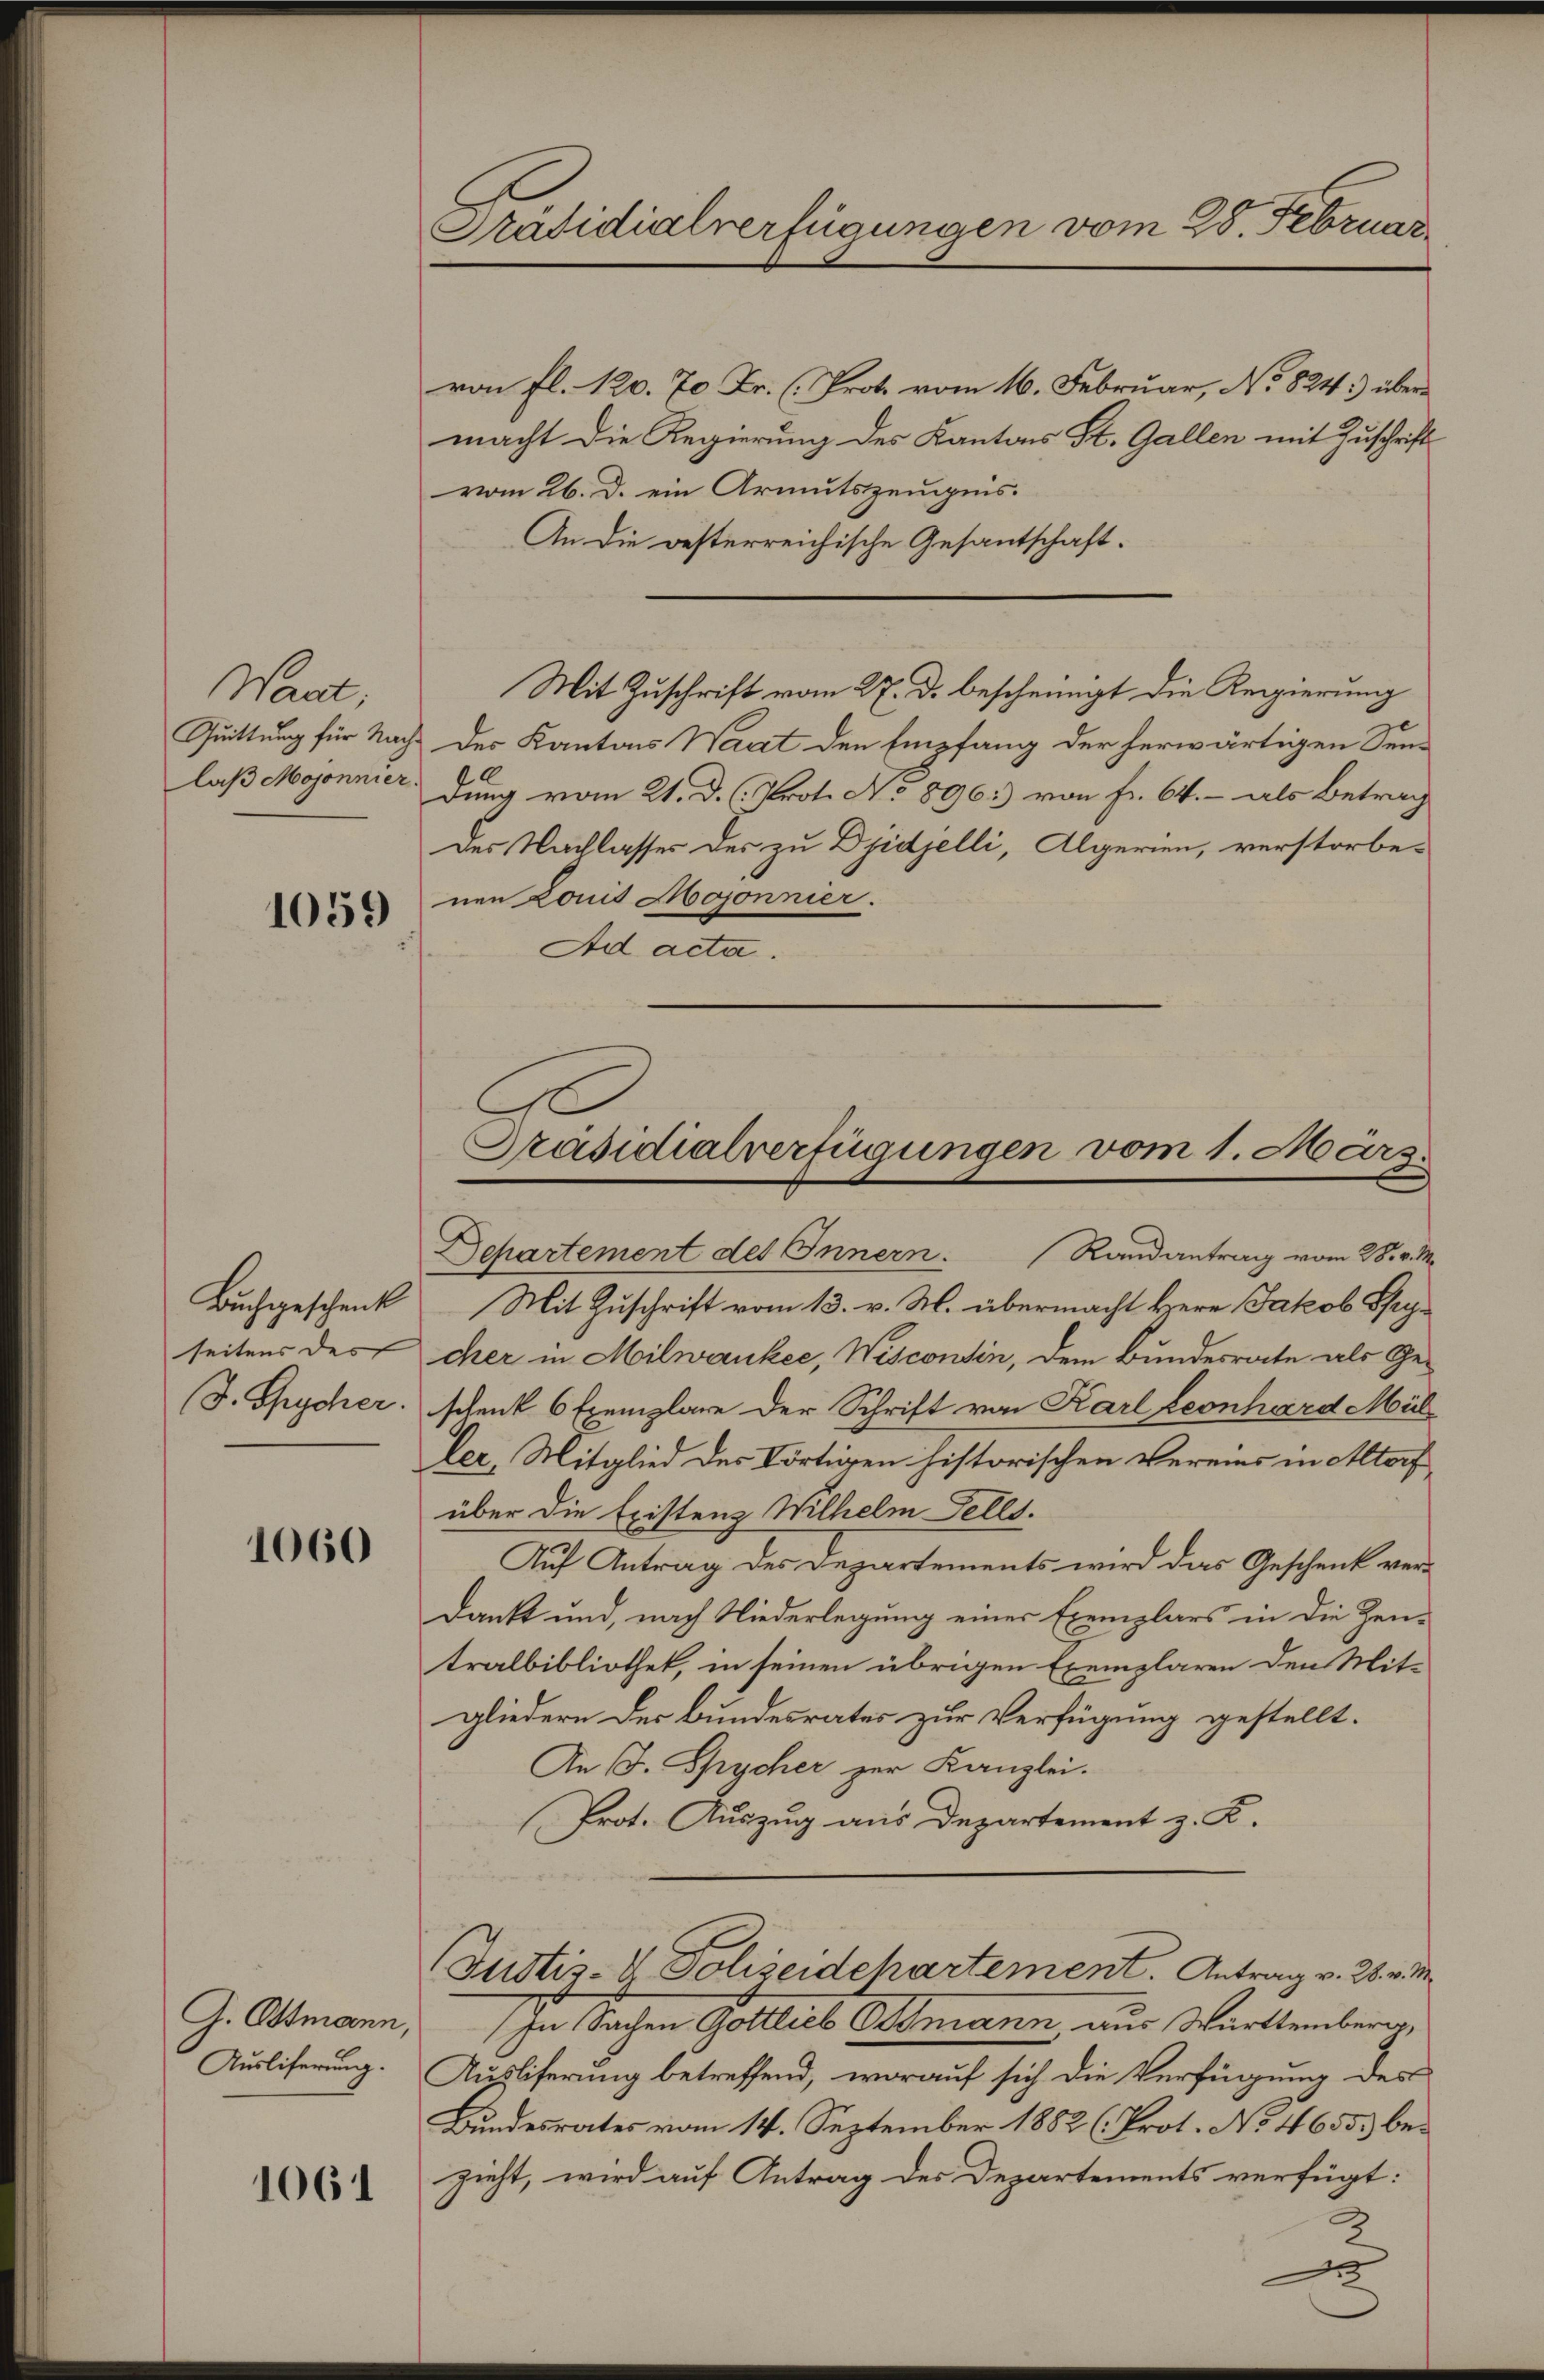
Want
Quittung für Nach
laß Mojonnier

1059

Buchgeschenk
seitens des
F. Gescher.

1060

G. Ostmann,
Ausliferung.

1061

Präsidialverfügungen vom 28. Februar

von fl. 120. 70 Fr. (Prot vom 16. Februar, No. 824.) übermacht die Regierung des Kantons St. Gallen mit Zuschrift
vom 26. d. ein Armutszeugnis.
An die gesterreichische Gesantschaft-
Der Kantons Warat den Empfang der herwärtigen Sendung vom 21. d. h. Prot. No 896.) von fr. 64.- als Betrag
Der Nachlasses des zu Djidjelli, Algerien, verstorbe-
nen Louis Mojonnier.
Ad acta.

Mit Zuschrift vom 27. d. bescheinigt die Regierung

Präsidialverfügungen vom 1. März.
Departement des Innern. Randantrag vom 28. v. M.

Mit Zuschrift vom 13. v. M. übermacht Herr Jakob Gecher in Milwankee, Wisconsin, dem Bundesrate als Ge-
schenk 6 Exemplare der Schrift von Karl Leonhard Mül
ler, Mitglied des dortigen historischen Vereins in Altorf
über die Existenz Wilhelm Fells
Auf Antrag des Departements wird das Geschenk ver¬
Dank und, nach Niederlegung einer Exemplars in die Zeu-
tralbibliothek, in seinen übrigen Exemplaren den Mit-
gliedern der Bundesrates zur Verfügung gestellt.
An J. Spycher zur Kanzlei.
(Prot. Auszug aus Departement z. K.

Justiz- & Polizeidepartement. Antrag v. 28. v. M.

In Sachen Gottlieb Bsmann aus Württemberg,
Ausliferung betreffend, worauf sich die Verfügung des
Bundesrates vom 14. September 1882 (Prot. No 4655. bezieht, wird auf Antrag des Departements verfügt:
2